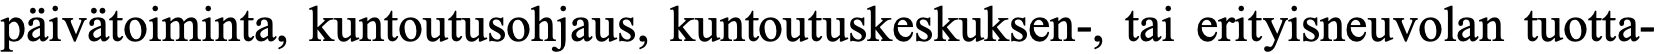
päivätoiminta, kuntoutusohjaus, kuntoutuskeskuksen-, tai erityisneuvolan tuotta-